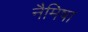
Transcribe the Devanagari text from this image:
नैमिषा